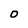
Character: O